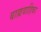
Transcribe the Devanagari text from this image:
बाह्यवाहिका